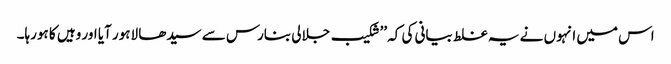
اس میں انہوں نے یہ غلط بیانی کی کہ ’’شکیب جلالی بنارس سے سیدھا لاہور آیا اور وہیں کا ہورہا۔